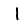
Digit: 1